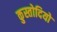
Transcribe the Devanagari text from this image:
कुस्तोदियो